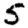
Digit: 5